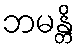
ဘမန္တိ